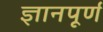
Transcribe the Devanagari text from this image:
ज्ञानपूर्ण